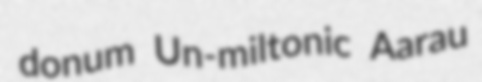
donum Un-miltonic Aarau